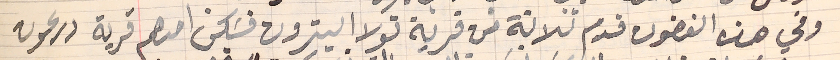
وفي هذه الغضون قدم ثلاتة من قرية تولا البترون فسَكن احدهم قرية درعون